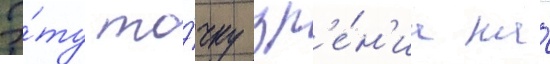
Э́ту то́чку зр'е́н'иа на́